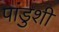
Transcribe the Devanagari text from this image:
पांडुशी